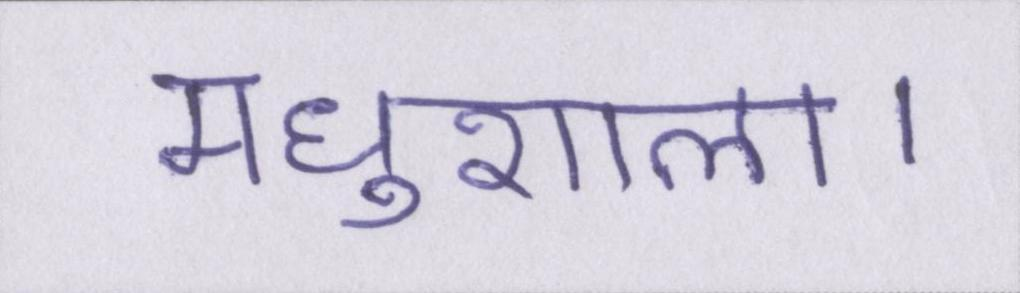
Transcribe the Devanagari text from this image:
मधुशाला।